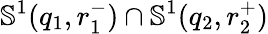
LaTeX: \mathbb{S}^{1}(q_{1},r_{1}^{-})\cap\mathbb{S}^{1}(q_{2},r_{2}^{+})